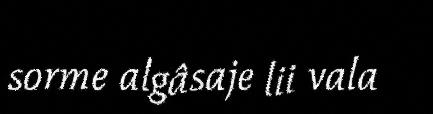
sorme algâsaje lii vala